Report of the King Institute of Preventive Medicine, Guindy
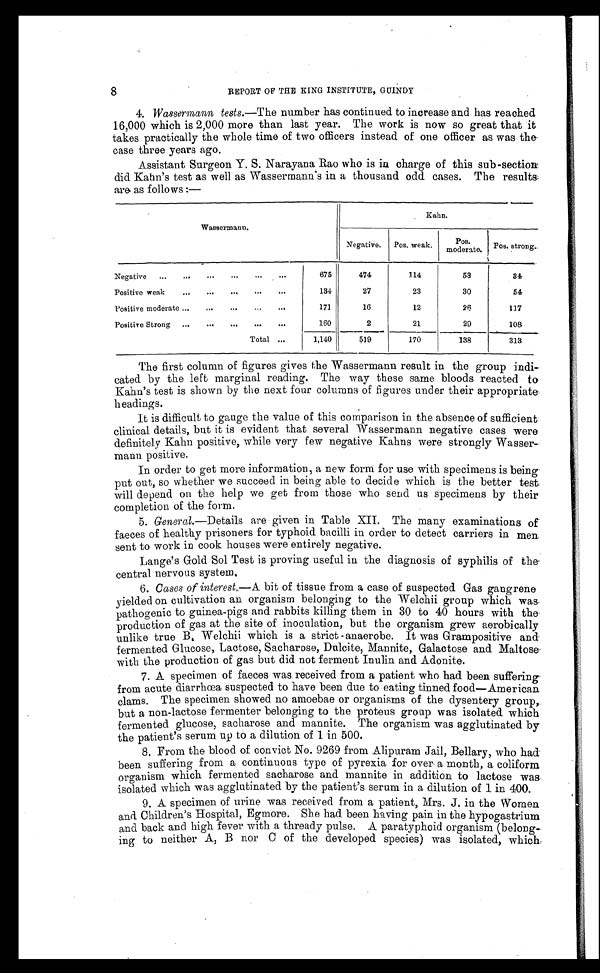
8
REPORT OF THE KING INSTITUTE, GUINDY
4. Wassermann tests.—The number has continued to increase and has reached
16,000 which is 2,000 more than last year. The work is now so great that it
takes practically the whole time of two officers instead of one officer as was the
case three years ago.
Assistant Surgeon Y. S. Narayana Rao who is in charge of this sub-section
did Kahn's test as well as Wassermann's in a thousand odd cases. The result
s a r e a s f o l l o w s : —
Wassermann.
Kahn.
Negative. Pos. weak.
Pos .
moderate. Pos. strong.
Negative ...
...
...
...
...
. . .
675
474
114
53
34
Positive weak
...
...
...
...
. . .
134
27
23
30
5 4
Positive moderate ...
...
...
...
...
171
16
12
26
117
Positive Strong ...
...
...
...
...
160
2
21
29
108
Total ...
1,140
519
170
138
313
The first column of figures gives the Wassermann result in the group indi-
cated by the left marginal reading. The way these same bloods reacted to
Kahn's test is shown by the next four columns of figures under their appropriate
headings.
It is difficult to gauge the value of this comparison in the absence of sufficient
clinical details, but it is evident that several Wassermann negative cases were
definitely Kahn positive, while very few negative Kahns were strongly Wasser-
mann positive.
In order to get more information, a new form for use with specimens is being
put out, so whether we succeed in being able to decide which is the better test
will depend on the help we get from those who send us specimens by their
completion of the form.
5. General.— Details are given in Table XII. The many examinations of
faeces of healthy prisoners for typhoid bacilli in order to detect carriers in men
sent to work in cook houses were entirely negative.
Lange' s Gold Sol Test is proving useful in the diagnosis of syphilis of the
central nervous system.
6. Cases of interest.—A bit of tissue from a case of suspected Gas gangrene
yielded on cultivation an organism belonging to the Welchii group which was
pathogenic to guinea-pigs and rabbits killing them in 30 to 40 hours with the
production of gas at the site of inoculation, but the organism grew aerobically
unlike true B. Welchii which is a strict–anaerobe. It was Grampositive and
fermented Glucose, Lactose, Sacharose, Dulcite, Mannite, Galactose and Maltose
with the production of gas but did not ferment Inulin and Adonite.
7. A specimen of faeces was received from a patient who had been suffering
from acute diarrhœa suspected to have been due to eating tinned food—American
clams. The specimen showed no amoebae or organisms of the dysentery group,
but a non-lactose fermenter belonging to the proteus group was isolated which
fermented glucose, sacharose and mannite. The organism was agglutinated by
the patient ' s serum up to a dilution of 1 in 500.
8. From the blood of convict No. 9269 from Alipuram Jail, Bellary, who had
been suffering from a continuous type of pyrexia for over a month, a coliform
organism which fermented sacharose and mannite in addition to lactose was
isolated which was agglutinated by the patient's serum in a dilution of 1 in 400.
9. A specimen of urine was received from a patient, Mrs. J. in the Women
and Children's Hospital, Egmore. She had been having pain in the hypogastrium
and back and high fever with a thready pulse. A paratyphoid organism (belon–g-
ing to neither A, B nor C of the developed species) was isolated, which